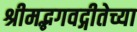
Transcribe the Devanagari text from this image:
श्रीमद्भगवद्गीतेच्या